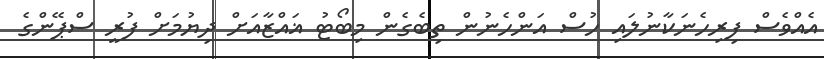
އެއްވެސް ފިރިހެނަކާނުލައި ހުސް އަންހެނުން ތިބެގެން މިބޯޓު ޣައްޒާއަށް ދިޔުމަށް ފުރީ ސްޕޭންގެ